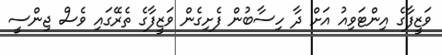
ވަޒީފާގެ އިންޓަވިއު އަށް ދާ ހިސާބުން ފެށިގެން ވަޒީފާގެ ތެރޭގައި ވެސް ޖިންސީ